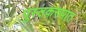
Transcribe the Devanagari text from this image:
पुस्तकरुपात